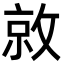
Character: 𫿀